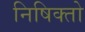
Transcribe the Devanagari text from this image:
निषिक्तो